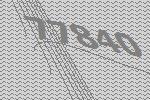
77840